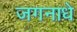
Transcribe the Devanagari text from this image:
जगनाधे